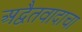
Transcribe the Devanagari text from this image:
अद्वैतवादाचा